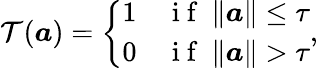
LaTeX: \mathcal T(\boldsymbol a)=\left\{ \begin{array}{cl}{1}&{\mathrm{~i~f~}~\| \boldsymbol a\| \leq\tau}\\ {0}&{\mathrm{~i~f~}~\| \boldsymbol a\| >\tau}\end{array}\right.,